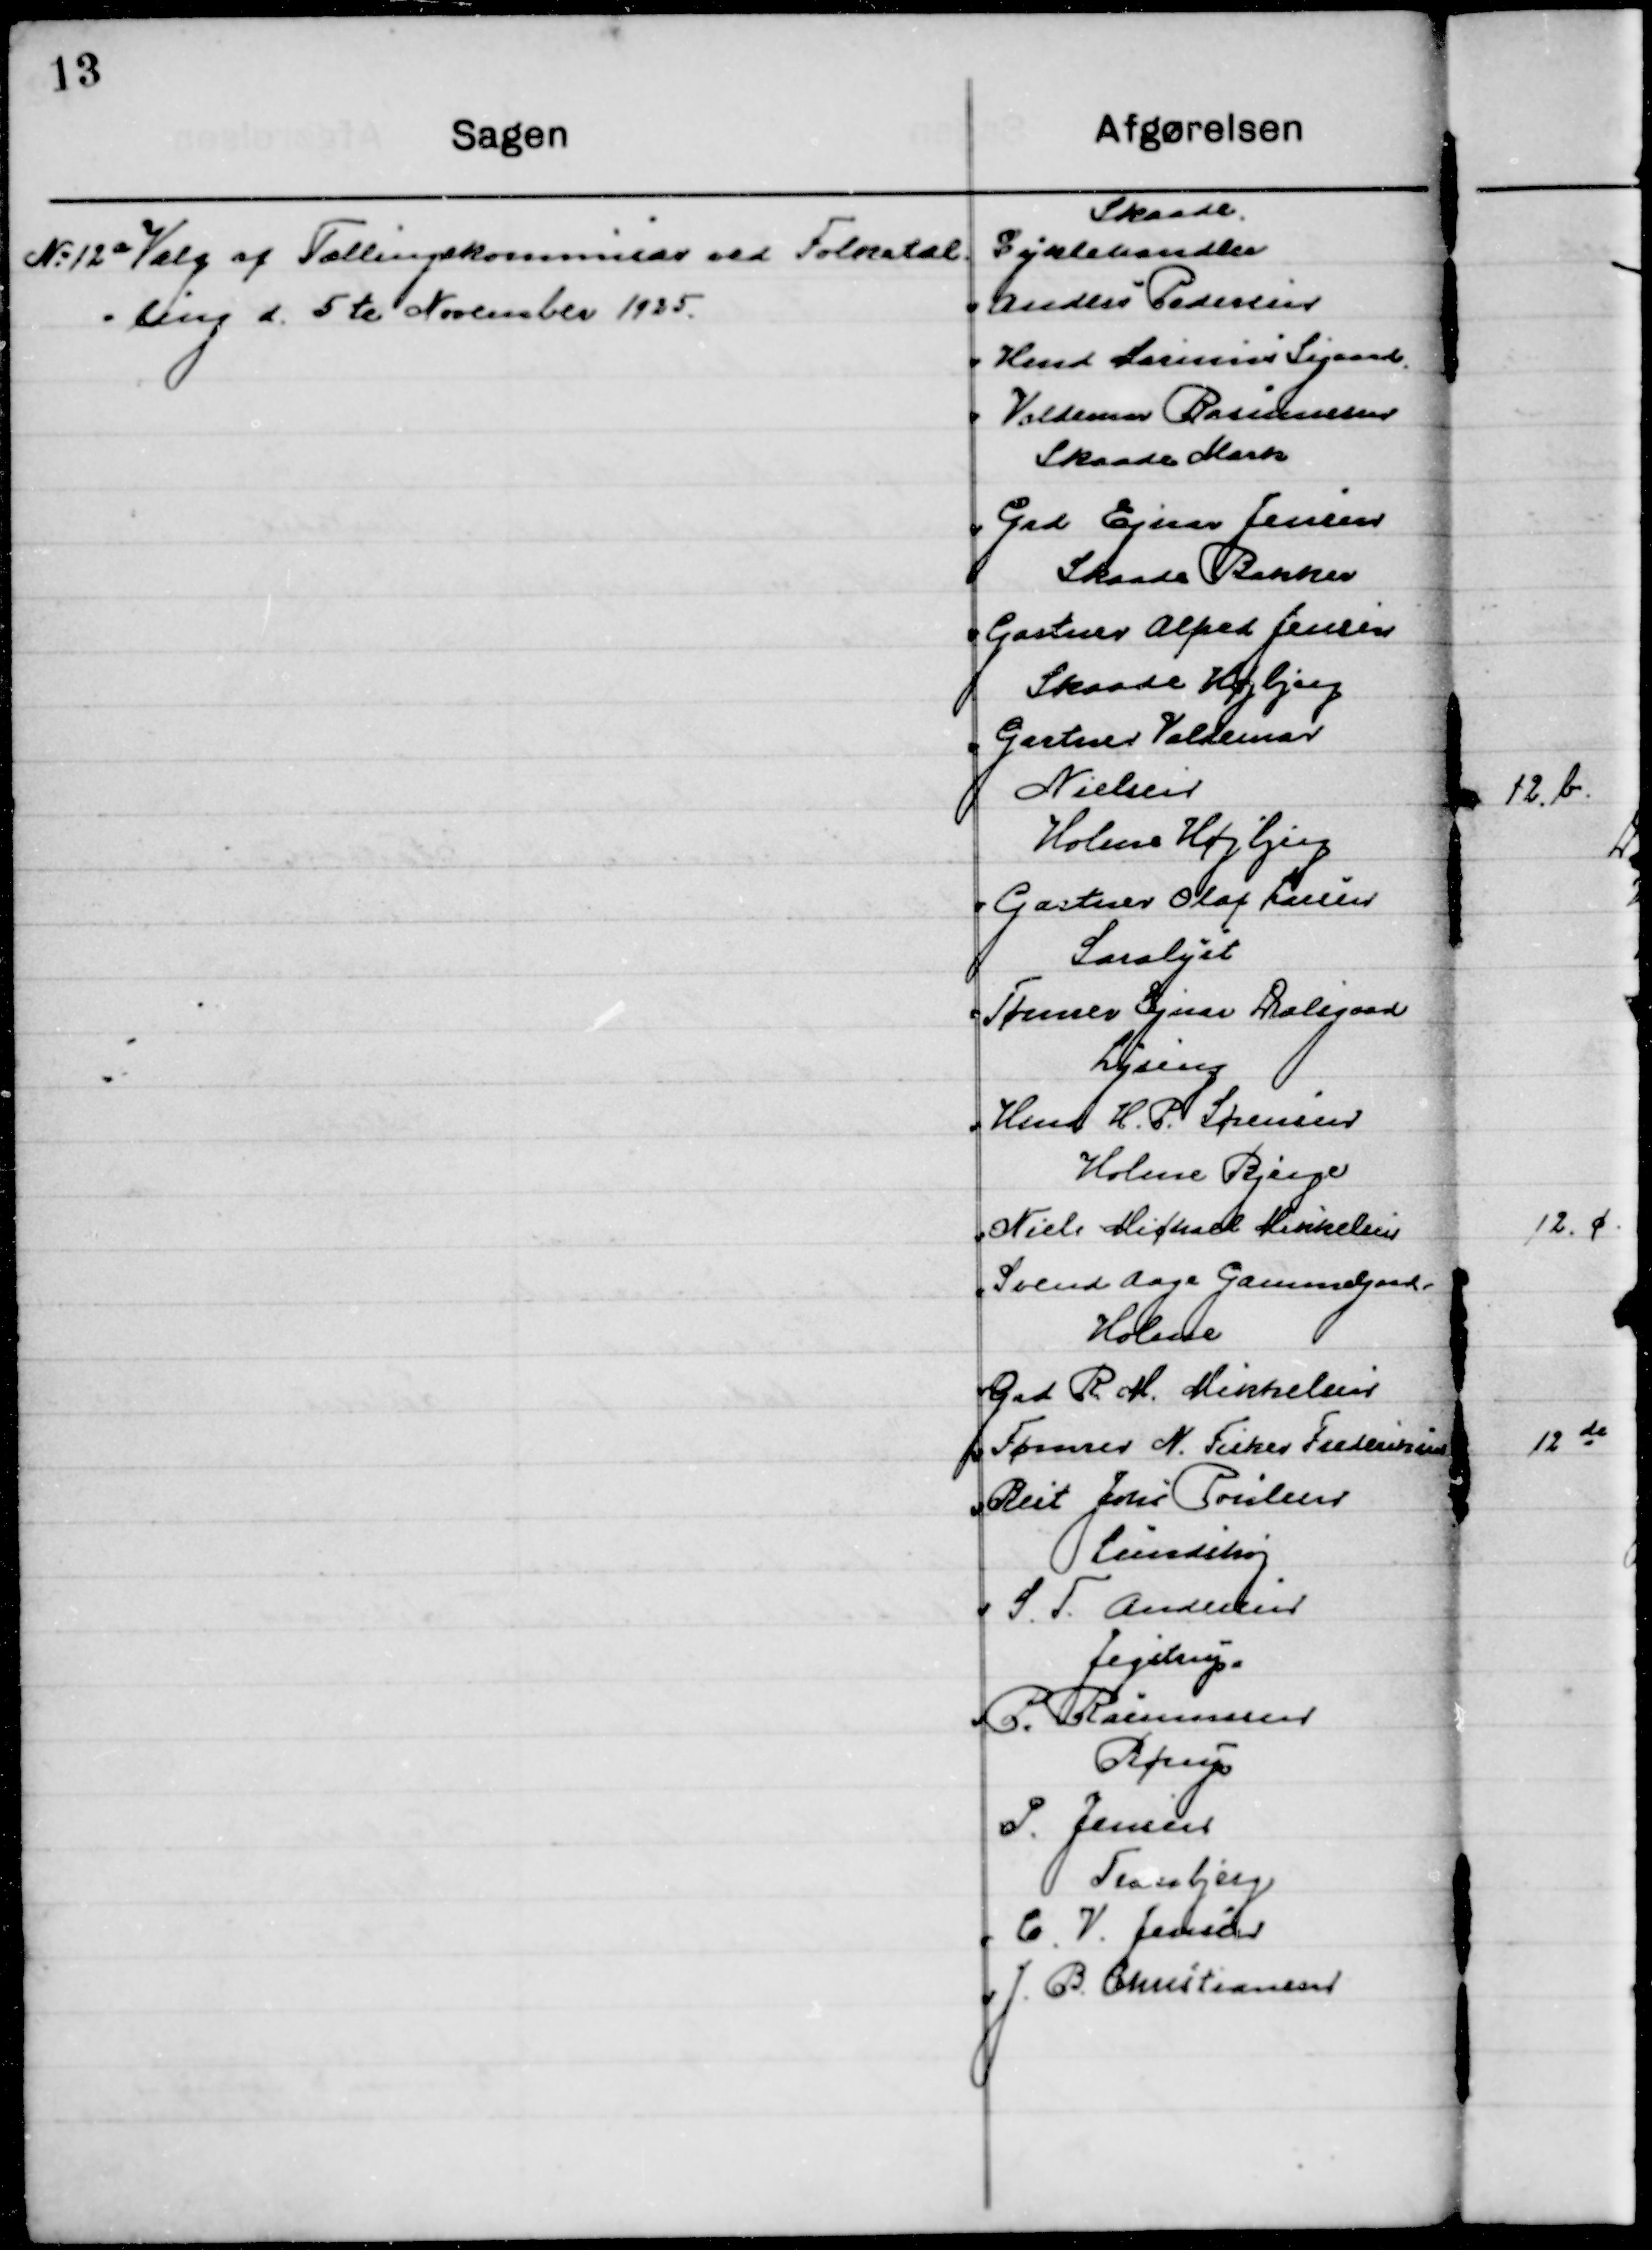
Transskription:
12 a

Valg af Tællings kommissær ved Folketæl-
ling d. 5te November 1925.

Skaade
Cykelhandler
Anders Pedersen
Kmd. Marius Sigaard
Valdemar Rasmussen
Skaade Mark
Grd. Ejnar Jensen
Skaade Bakker
Gartner Alfred Jensen
Skaade Højbjerg
Gartner Valdemar
Nielsen
Holme Højbjerg
Gartner Olaf Larsen
Saralyst
Tømrer Ejnar Dalsgaard
Lyseng
Hmd H. P. Sørensen
Holme Bjerge
Niels Michael Mikkelsen
Svend Aage Gammelgaard
Holme
Grd. R. M. Mikkelsen
Tømrer N. Fisker Frederiksen
Reit John. Poulsen
Lundshøj
S. F. Andersen
Jegstrup
P. Rasmussen
Børup
P. Jensen
Tranbjerg
C. V. Jensen
J. B. Christiansen